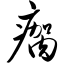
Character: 瘸